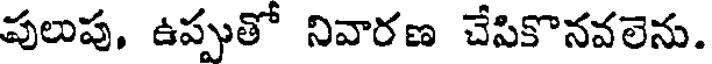
పులుపు. ఉప్పుతో నివారణ చేపికొనవలెను.